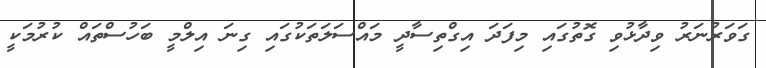
ގަވަރުނަރު ވިދާޅުވި ގޮތުގައި މިފަދަ އިގްތިސާދީ މައްސަލަތަކުގައި ގިނަ އިލްމީ ބަހުސްތައް ކުރުމަކީ